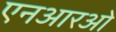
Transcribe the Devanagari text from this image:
एनआरओ